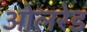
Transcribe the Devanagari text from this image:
ओलरेड